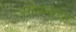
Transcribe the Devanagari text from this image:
सोमनाथा